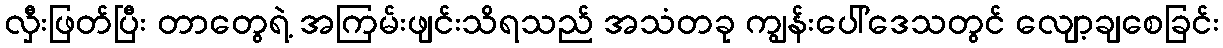
လှီးဖြတ်ပြီး တာတွေရဲ့ အကြမ်းဖျင်းသိရသည် အသံတခု ကျွန်းပေါ်ဒေသတွင် လျော့ချစေခြင်း